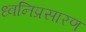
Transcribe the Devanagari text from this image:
ध्वनिप्रसारण